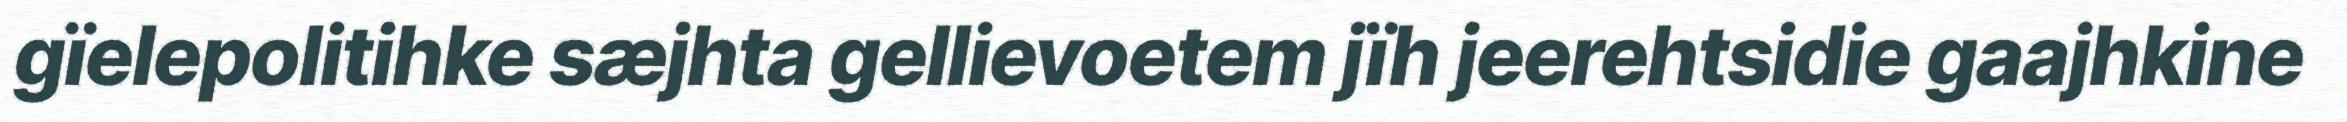
gïelepolitihke sæjhta gellievoetem jïh jeerehtsidie gaajhkine